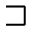
\sqsupset